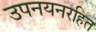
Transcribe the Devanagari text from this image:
उपनयनरहित